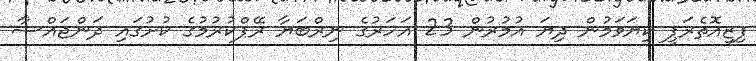
ފިޒިއޮތެރަޕީ ކިޔަވަމުން ދިޔަ އުމުރުން 23 އަހަރުގެ ނިރްބަޔާ ރޭޕްކުރުމުގެ ކުށުގައި ދަންޖައްސާ